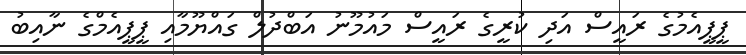
ޕީޕީއެމުގެ ރައީސް އަދި ކުރީގެ ރައީސް މައުމޫނު އަބްދުލް ގައްޔޫމާއި ޕީޕީއެމްގެ ނާއިބު